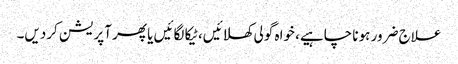
علاج ضرور ہونا چاہیے، خواہ گولی کھلائیں، ٹیکا لگائیں یا پھر آپریشن کردیں۔